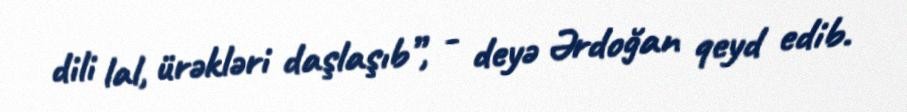
dili lal, ürəkləri daşlaşıb”, - deyə Ərdoğan qeyd edib.